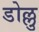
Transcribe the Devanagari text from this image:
डोल्लु